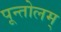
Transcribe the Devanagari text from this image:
पून्तोलम्